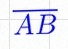
\overline{AB}